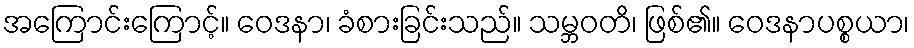
အကြောင်းကြောင့်။ ဝေဒနာ၊ ခံစားခြင်းသည်။ သမ္ဘဝတိ၊ ဖြစ်၏။ ဝေဒနာပစ္စယာ၊